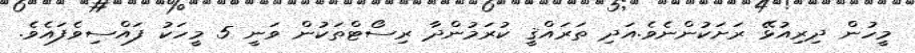
މީހުން ދިރިއުޅޭ ރަށަކުންނެވެ.އަދި ތަރައްޤީ ކުރަމުންދާ ރިސޯޓްތަކުން ވަނީ 5 މީހަކު ފައްސިވެފައެވެ.